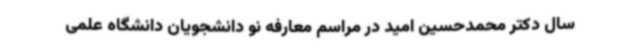
سال دکتر محمدحسین امید در مراسم معارفه نو دانشجویان دانشگاه علمی